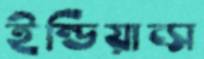
ইন্ডিয়ান্স